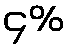
၄%